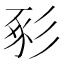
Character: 𢒔